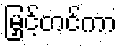
မြှင့်တင်ကာ